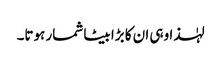
لہٰذا وہی ان کا بڑا بیٹا شمار ہوتا۔